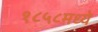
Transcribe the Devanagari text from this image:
१८५८मध्ये